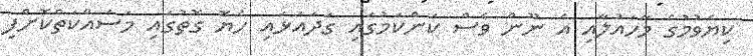
ކިޔެވުމުގެ މާހައުލާއި އެ ނޫން ވެސް ކަންކަމުގައި ގަދައަޅައި ހެޔޮ ގޮތުގައި މަސައްކަތްކޮށްފި